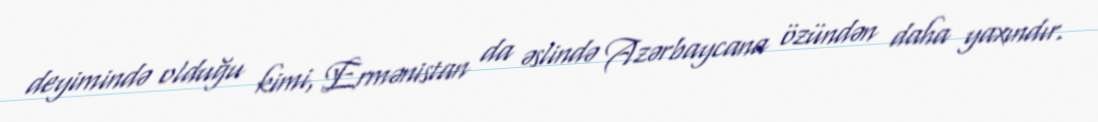
deyimində olduğu kimi, Ermənistan da əslində Azərbaycana özündən daha yaxındır.